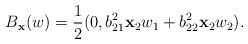
LaTeX: \begin{align*}B_{{\mathbf x}}(w)=\displaystyle\frac{1}{2}(0,b_{21}^2{\mathbf x}_2w_1+b_{22}^2{\mathbf x}_2w_2).\end{align*}